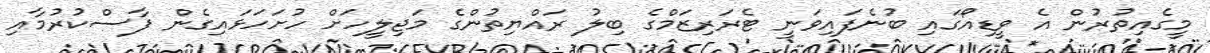
މީގެއިތުރުން އެ ވީޑިއޯގައި ބުނެފައިވަނީ ޓެރަރިޒަމްގެ ބިލު ރައްޔިތުންގެ މަޖިލީހަށް ހުށަހަޅައިގެން ފާސްކުރުމާއި